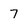
Character: 7